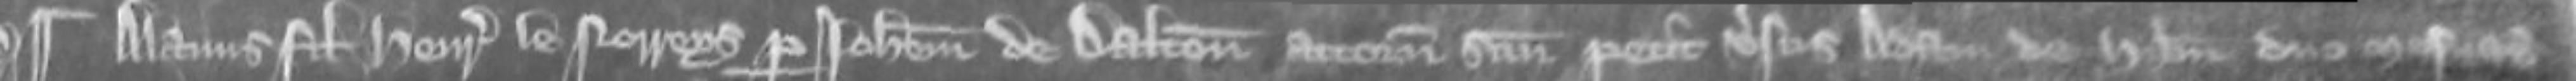
¶Alanus filius Henrici le Norreys per Johannem de Dalton attornatum suum petit versus Adam de Hibernia duo mesuagia